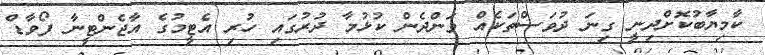
ކާމިޔާބުކޮށްދިނީ ގިނަ ދުވަސްތަކެއް ވަންދެން ކުޅުމާ ދުރުގައި ހުރި އެޓީމުގެ އާޖެންޓީނާ ފޯވާޑް